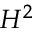
H ^ { 2 }